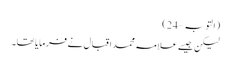
(التوبہ – 24)
لیکن جیسے علامہ محمد اقبال نے فرمایا تھا۔